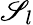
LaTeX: \mathscr{S}_{l}